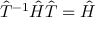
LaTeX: { \hat { T } } ^ { - 1 } { \hat { H } } { \hat { T } } = { \hat { H } }